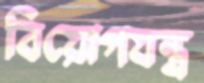
বিয়োগযন্ত্র